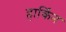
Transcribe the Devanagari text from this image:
हार्किन